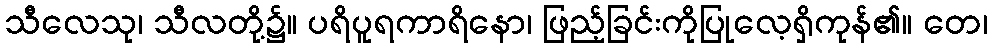
သီလေသု၊ သီလတို့၌။ ပရိပူရကာရိနော၊ ဖြည့်ခြင်းကိုပြုလေ့ရှိကုန်၏။ တေ၊